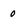
Character: 0